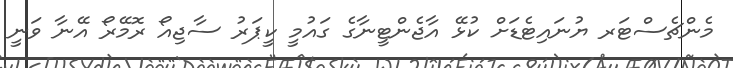
މެންޗެސްޓަރ ޔުނައިޓެޑަށް ކުޅޭ އާޖެންޓީނާގެ ގައުމީ ކީޕަރު ސާޖިއޯ ރޮމޭރޯ އޭނާ ވަނީ